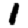
Digit: 1